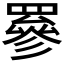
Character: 𦌀